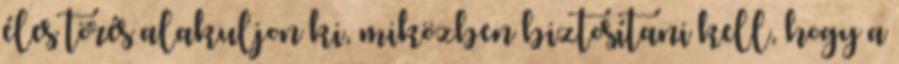
éles törés alakuljon ki, miközben biztosítani kell, hogy a